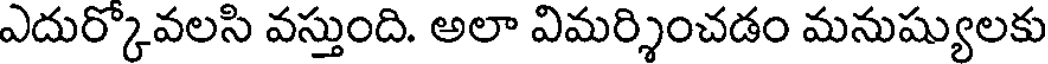
ఎదుర్కోవలసి వస్తుంది. అలా విమర్శించడం మనుష్యులకు